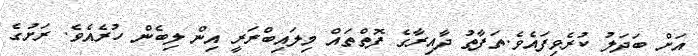
އަށް ބަދަލު ކުރެވިފައެވެ.ތަފާތު ދާއިރާގެ ފޮތްތައް މިލައިބްރަރީ އިން ލިބެން ހުރެއެވެ. ރަށުގެ